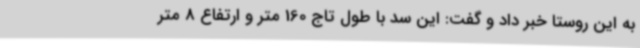
به این روستا خبر داد و گفت: این سد با طول تاج 160 متر و ارتفاع 8 متر